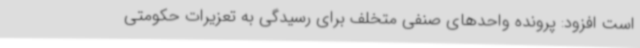
است افزود: پرونده واحدهای صنفی متخلف برای رسیدگی به تعزیرات حکومتی